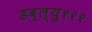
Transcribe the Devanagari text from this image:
डब्ल्यु१११